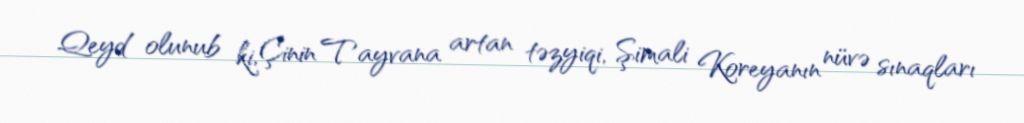
Qeyd olunub ki, Çinin Tayvana artan təzyiqi, Şimali Koreyanın nüvə sınaqları